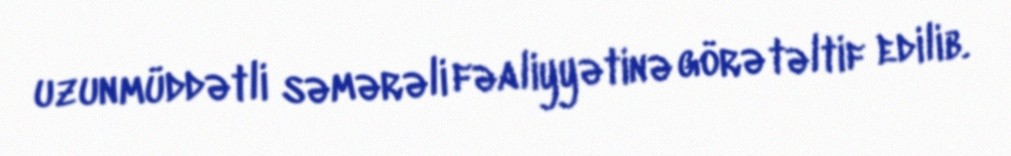
uzunmüddətli səmərəli fəaliyyətinə görə təltif edilib.